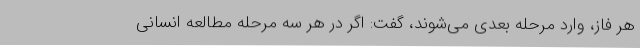
هر فاز، وارد مرحله بعدی می‌شوند، گفت: اگر در هر سه مرحله مطالعه انسانی